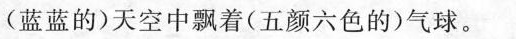
(蓝蓝的)天空中飘着(五颜六色的)气球。